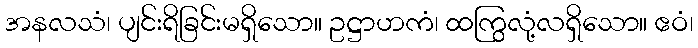
အနလသံ၊ ပျင်းရိခြင်းမရှိသော။ ဥဋ္ဌာဟကံ၊ ထကြွလုံ့လရှိသော။ ဧဝံ၊